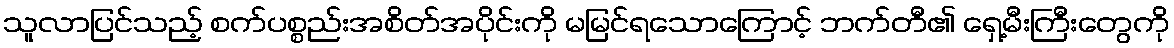
သူလာပြင်သည့် စက်ပစ္စည်းအစိတ်အပိုင်းကို မမြင်ရသောကြောင့် ဘက်တီ၏ ရှေ့မီးကြီးတွေကို